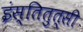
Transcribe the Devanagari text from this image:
इंस्तितुत्सी